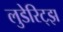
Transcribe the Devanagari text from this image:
लुडेरिट्झ